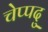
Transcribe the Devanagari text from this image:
चेप्पदु